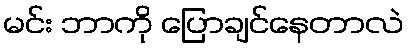
မင်း ဘာကို ပြောချင်နေတာလဲ